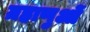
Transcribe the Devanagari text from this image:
ग्रहाणुओं